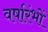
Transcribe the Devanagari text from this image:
वर्षारंभों